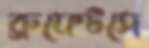
ব্রুফেটসে